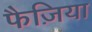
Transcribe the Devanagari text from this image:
फैज़िया